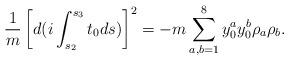
\begin{align*}\frac{1}{m} \left[d(i\int_{s_2}^{s_3}t_0 ds)\right]^2 = -m \sum_{a,b=1}^8 {y}_0^{a} {y}_0^{b} \rho_a \rho_b.\end{align*}